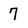
Character: 7